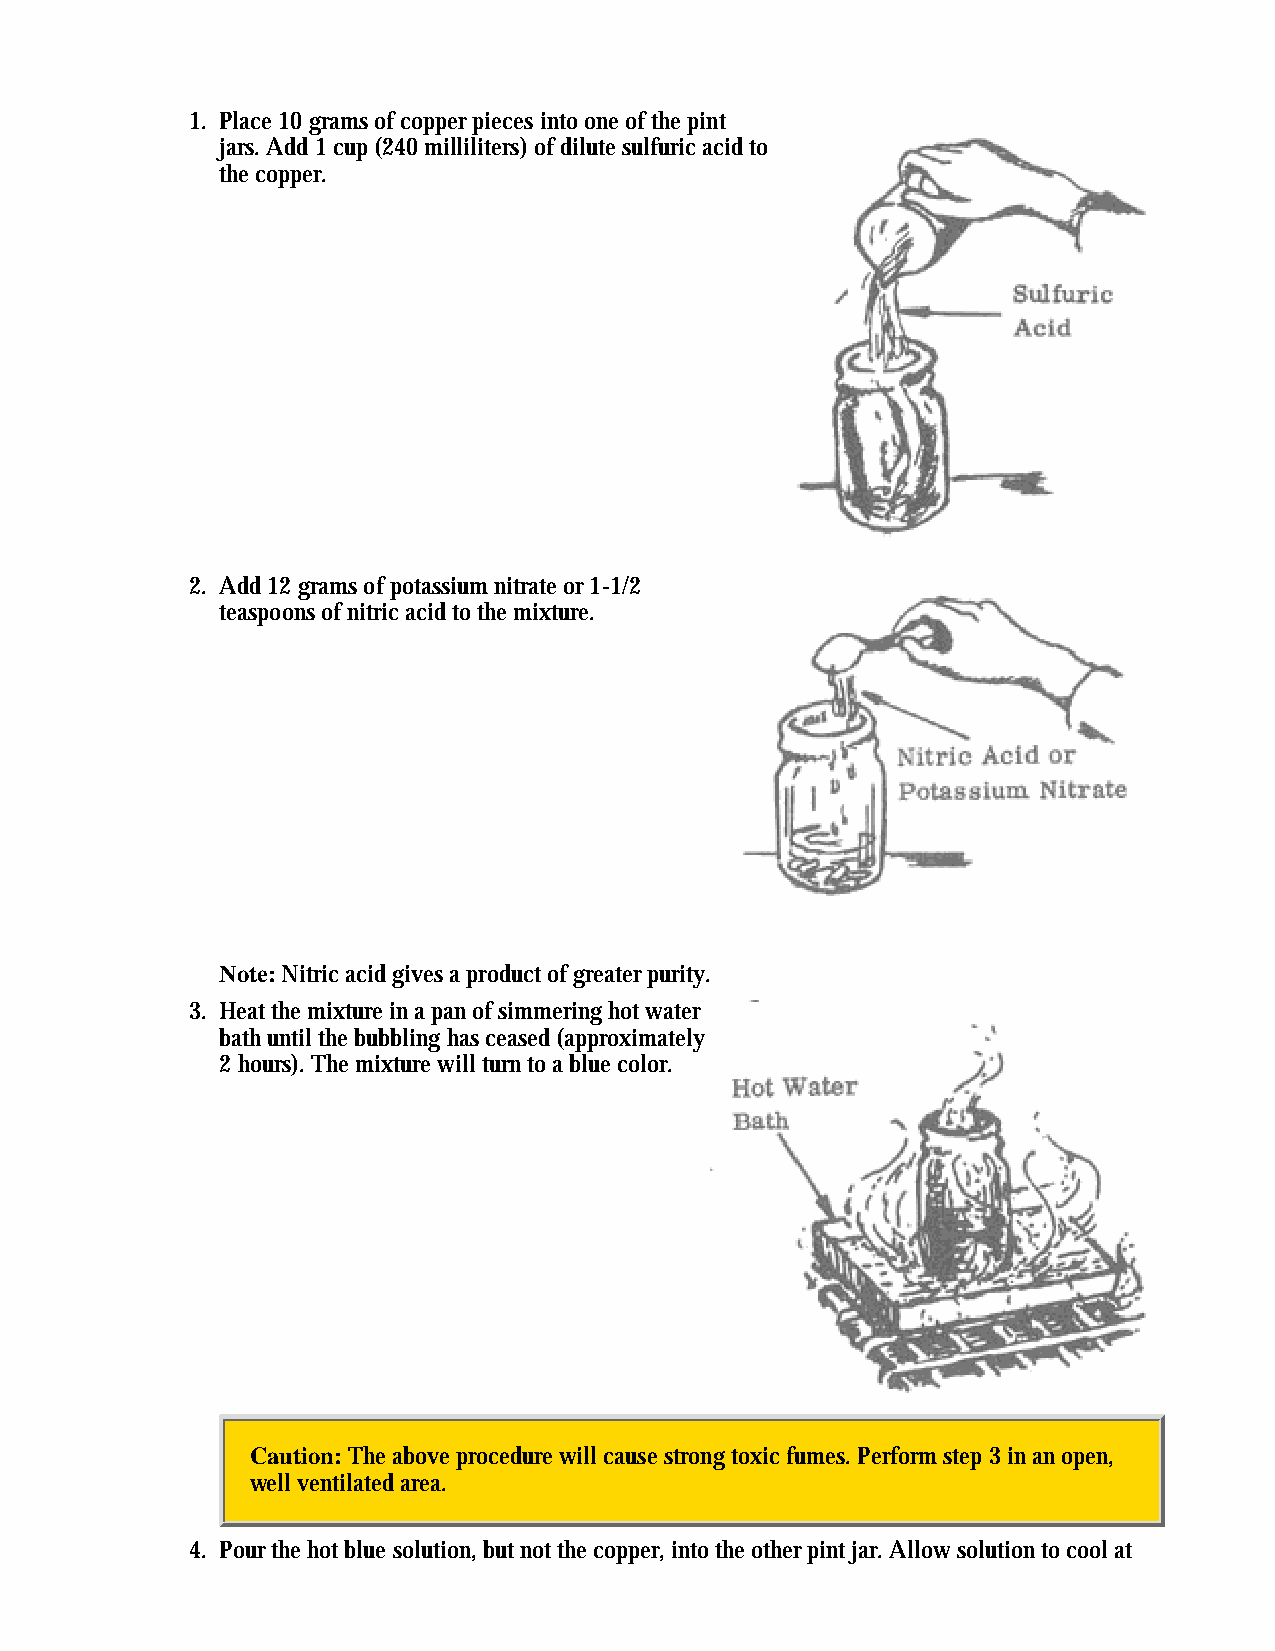
1. Place 10 grams of copper pieces into one of the pint
 jars. Add 1 cup (240 milliliters) of dilute sulfuric acid to
 the copper.
 2. Add 12 grams of potassium nitrate or 1-1/2
 teaspoons of nitric acid to the mixture.
 Note: Nitric acid gives a product of greater purity.
 3. Heat the mixture in a pan of simmering hot water
 bath until the bubbling has ceased (approximately
 2 hours). The mixture will turn to a blue color.
 Caution: The above procedure will cause strong toxic fumes. Perform step 3 in an open,
 well ventilated area.
 4. Pour the hot blue solution, but not the copper, into the other pint jar. Allow solution to cool at